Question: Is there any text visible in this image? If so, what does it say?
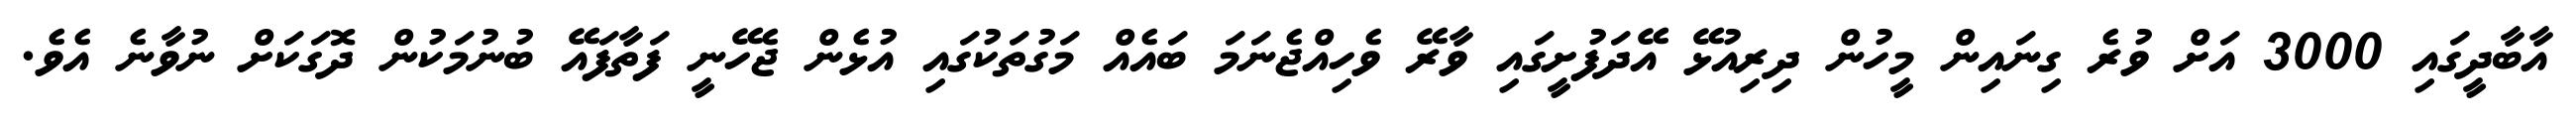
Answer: އާބާދީގައި 3000 އަށް ވުރެ ގިނައިން މީހުން ދިރިއުޅޭ އޭދަފުށީގައި ވާރޭ ވެހިއްޖެނަމަ ބައެއް މަގުތަކުގައި އުޅެން ޖެހޭނީ ފަތާފައޭ ބުނުމަކުން ދޮގަކަށް ނުވާނެ އެވެ.